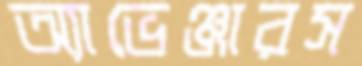
অ্যাভেঞ্জারস